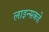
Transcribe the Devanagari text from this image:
लाइन्सकडे